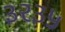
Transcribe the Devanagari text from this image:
३२३५